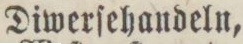
Diwerſehandeln,